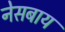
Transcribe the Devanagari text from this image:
नेसबाय